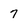
Character: 7